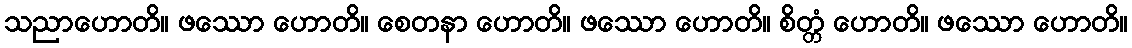
သညာဟောတိ။ ဖဿော ဟောတိ။ စေတနာ ဟောတိ။ ဖဿော ဟောတိ။ စိတ္တံ ဟောတိ။ ဖဿော ဟောတိ။